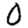
Digit: 0